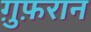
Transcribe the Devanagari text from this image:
ग़ुफ़रान